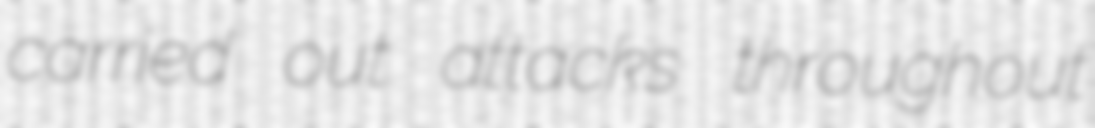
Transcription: carried out attacks throughout